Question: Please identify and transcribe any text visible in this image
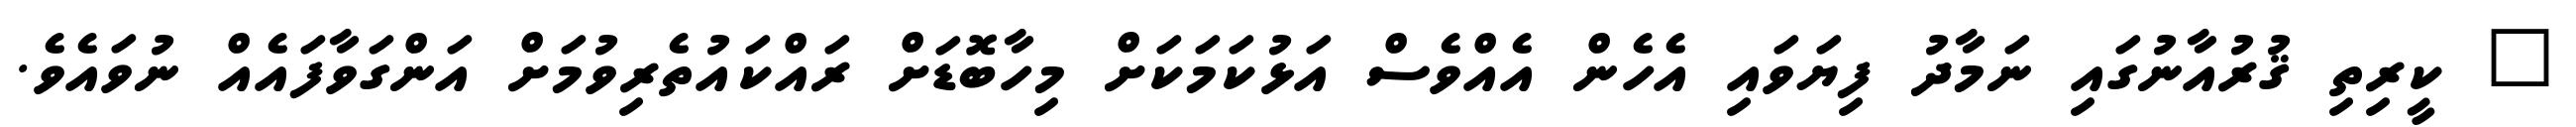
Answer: " ކީރިތި ޤުރުއާނުގައި ނަމާދު ފިޔަވައި އެހެން އެއްވެސް އަޅުކަމަކަށް މިހާބޮޑަށް ރައްކައުތެރިވުމަށް އަންގަވާފައެއް ނުވައެވެ.